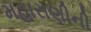
મહારાણીની